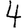
Digit: 4